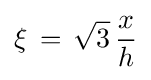
\xi \,=\,{\sqrt {3}}\,{\frac {x}{h}}